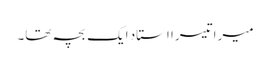
میرا تیسرا استاد ایک بچہ تھا۔